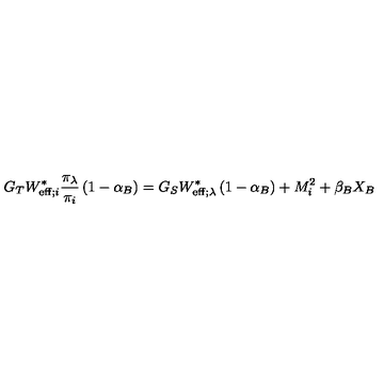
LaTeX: G _ { T } W _ { \mathrm { e f f } ; i } ^ { \ast } \frac { \pi _ { \lambda } } { \pi _ { i } } \left( 1 - \alpha _ { B } \right) = G _ { S } W _ { \mathrm { e f f } ; \lambda } ^ { \ast } \left( 1 - \alpha _ { B } \right) + M _ { i } ^ { 2 } + \beta _ { B } X _ { B }